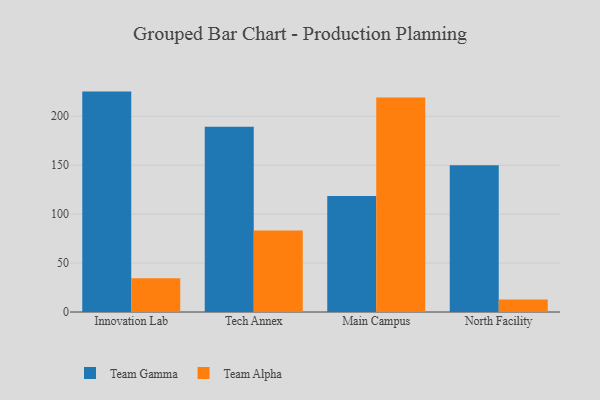
{"axis": {"x": "Campus", "y": "LTV (USD)"}, "legend": ["Team Alpha", "Team Gamma"], "data": [{"x": "Innovation Lab", "y": 225.2, "type": "Team Gamma"}, {"x": "Innovation Lab", "y": 34.6, "type": "Team Alpha"}, {"x": "Tech Annex", "y": 189.3, "type": "Team Gamma"}, {"x": "Tech Annex", "y": 83.3, "type": "Team Alpha"}, {"x": "Main Campus", "y": 118.5, "type": "Team Gamma"}, {"x": "Main Campus", "y": 219.2, "type": "Team Alpha"}, {"x": "North Facility", "y": 149.9, "type": "Team Gamma"}, {"x": "North Facility", "y": 12.7, "type": "Team Alpha"}]}